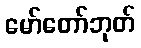
မော်တော်ဘုတ်